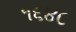
૧૬૪૮